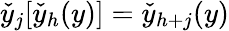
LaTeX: \check{y}_{j}[\check{y}_{h}(y)]=\check{y}_{h+j}(y)